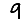
Digit: 9